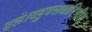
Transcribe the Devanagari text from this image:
बले।बहुबलधारिणीम्